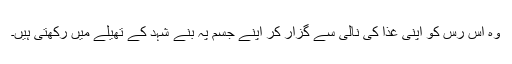
وہ اس رس کو اپنی غذا کی نالی سے گزار کر اپنے جسم پہ بنے شہد کے تھیلے میں رکھتی ہیں۔